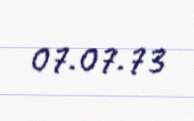
07.07.73